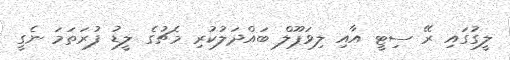
ލީގުގައި ރޭ ސިޓީ އާއި ލިވަޕޫލް ބައްދަލުކުރި މެޗުގެ ލީޑު ފުރަތަމަ ނެގީ